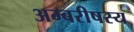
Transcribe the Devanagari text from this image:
अम्बरीषस्य